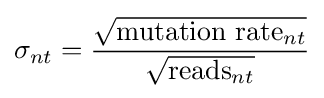
\sigma _{nt}={\frac {\sqrt {{\text{mutation rate}}_{nt}}}{\sqrt {{\text{reads}}_{nt}}}}